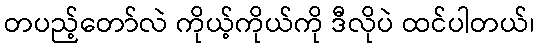
တပည့်တော်လဲ ကိုယ့်ကိုယ်ကို ဒီလိုပဲ ထင်ပါတယ်၊